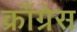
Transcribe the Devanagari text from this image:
क्राँग्रेस